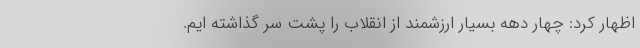
اظهار کرد: چهار دهه بسیار ارزشمند از انقلاب را پشت سر گذاشته ایم.